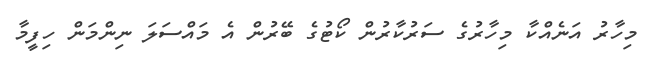
މިހާރު އަނެއްކާ މިހާރުގެ ސަރުކާރުން ކޯޓުގެ ބޭރުން އެ މައްސަލަ ނިންމަން ހިފީމާ